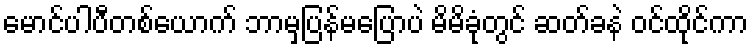
မောင်ပါပီတစ်ယောက် ဘာမှပြန်မပြောပဲ မိမိခုံတွင် ဆတ်ခနဲ ဝင်ထိုင်ကာ